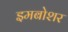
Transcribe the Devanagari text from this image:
इमबोशर